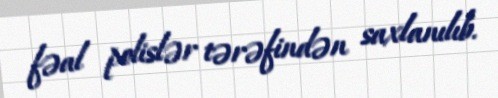
fəal polislər tərəfindən saxlanılıb.